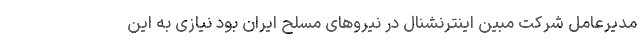
مدیرعامل شرکت مبین اینترنشنال در نیروهای مسلح ایران بود نیازی به این